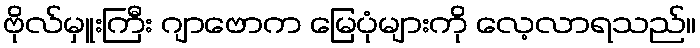
ဗိုလ်မှူးကြီး ဂျာဗောက မြေပုံများကို လေ့လာရသည်။